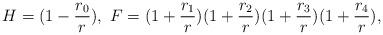
LaTeX: \begin{align*}H = (1 - \frac{r_{0}}{r}), \ F = (1 + \frac{r_{1}}{r})(1 + \frac{r_{2}}{r})(1 +\frac{r_{3}}{r})(1 + \frac{r_{4}}{r}),\end{align*}